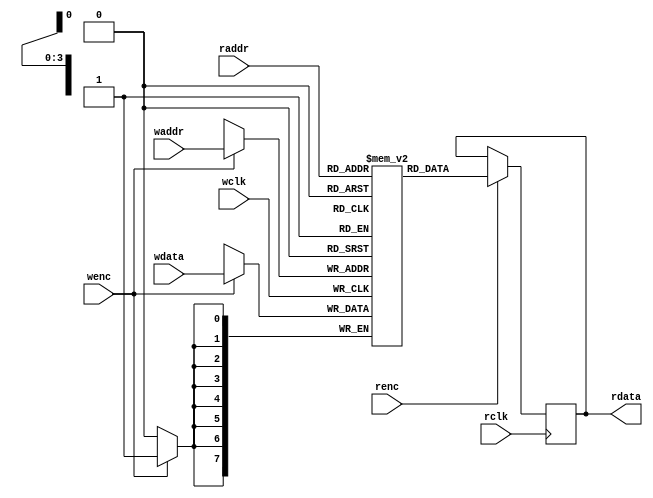
module dual_port_RAM #(parameter DEPTH = 16,
					   parameter WIDTH = 8)(
	 input wclk	,
	 input wenc	,
	 input [$clog2(DEPTH)-1:0] waddr	,
	 input [WIDTH-1:0] wdata	,
	 input rclk	,
	 input renc	,
	 input [$clog2(DEPTH)-1:0] raddr	,
	 output reg [WIDTH-1:0] rdata
);

reg [WIDTH-1:0] RAM_MEM [0:DEPTH-1];

always @(posedge wclk) begin
	if(wenc)
		RAM_MEM[waddr] <= wdata;
end 

always @(posedge rclk) begin
	if(renc)
		rdata <= RAM_MEM[raddr];
end 

endmodule